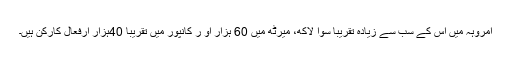
امروہہ میں اس کے سب سے زیادہ تقریباً سوا لاکھ، میرٹھ میں 60 ہزار او ر کانپور میں تقریباً 40ہزار ارفعال کارکن ہیں۔